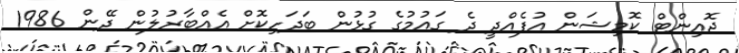
ޖޮއިންޓް ކޮމިޝަން އުފެއްދީ ދެ ގައުމުގެ ގުޅުން ބަދަހިކޮށް އެއްބާރުލުން ދޭން 1986